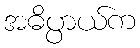
အဓိပ္ပာယ်က